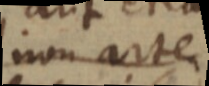
non arte